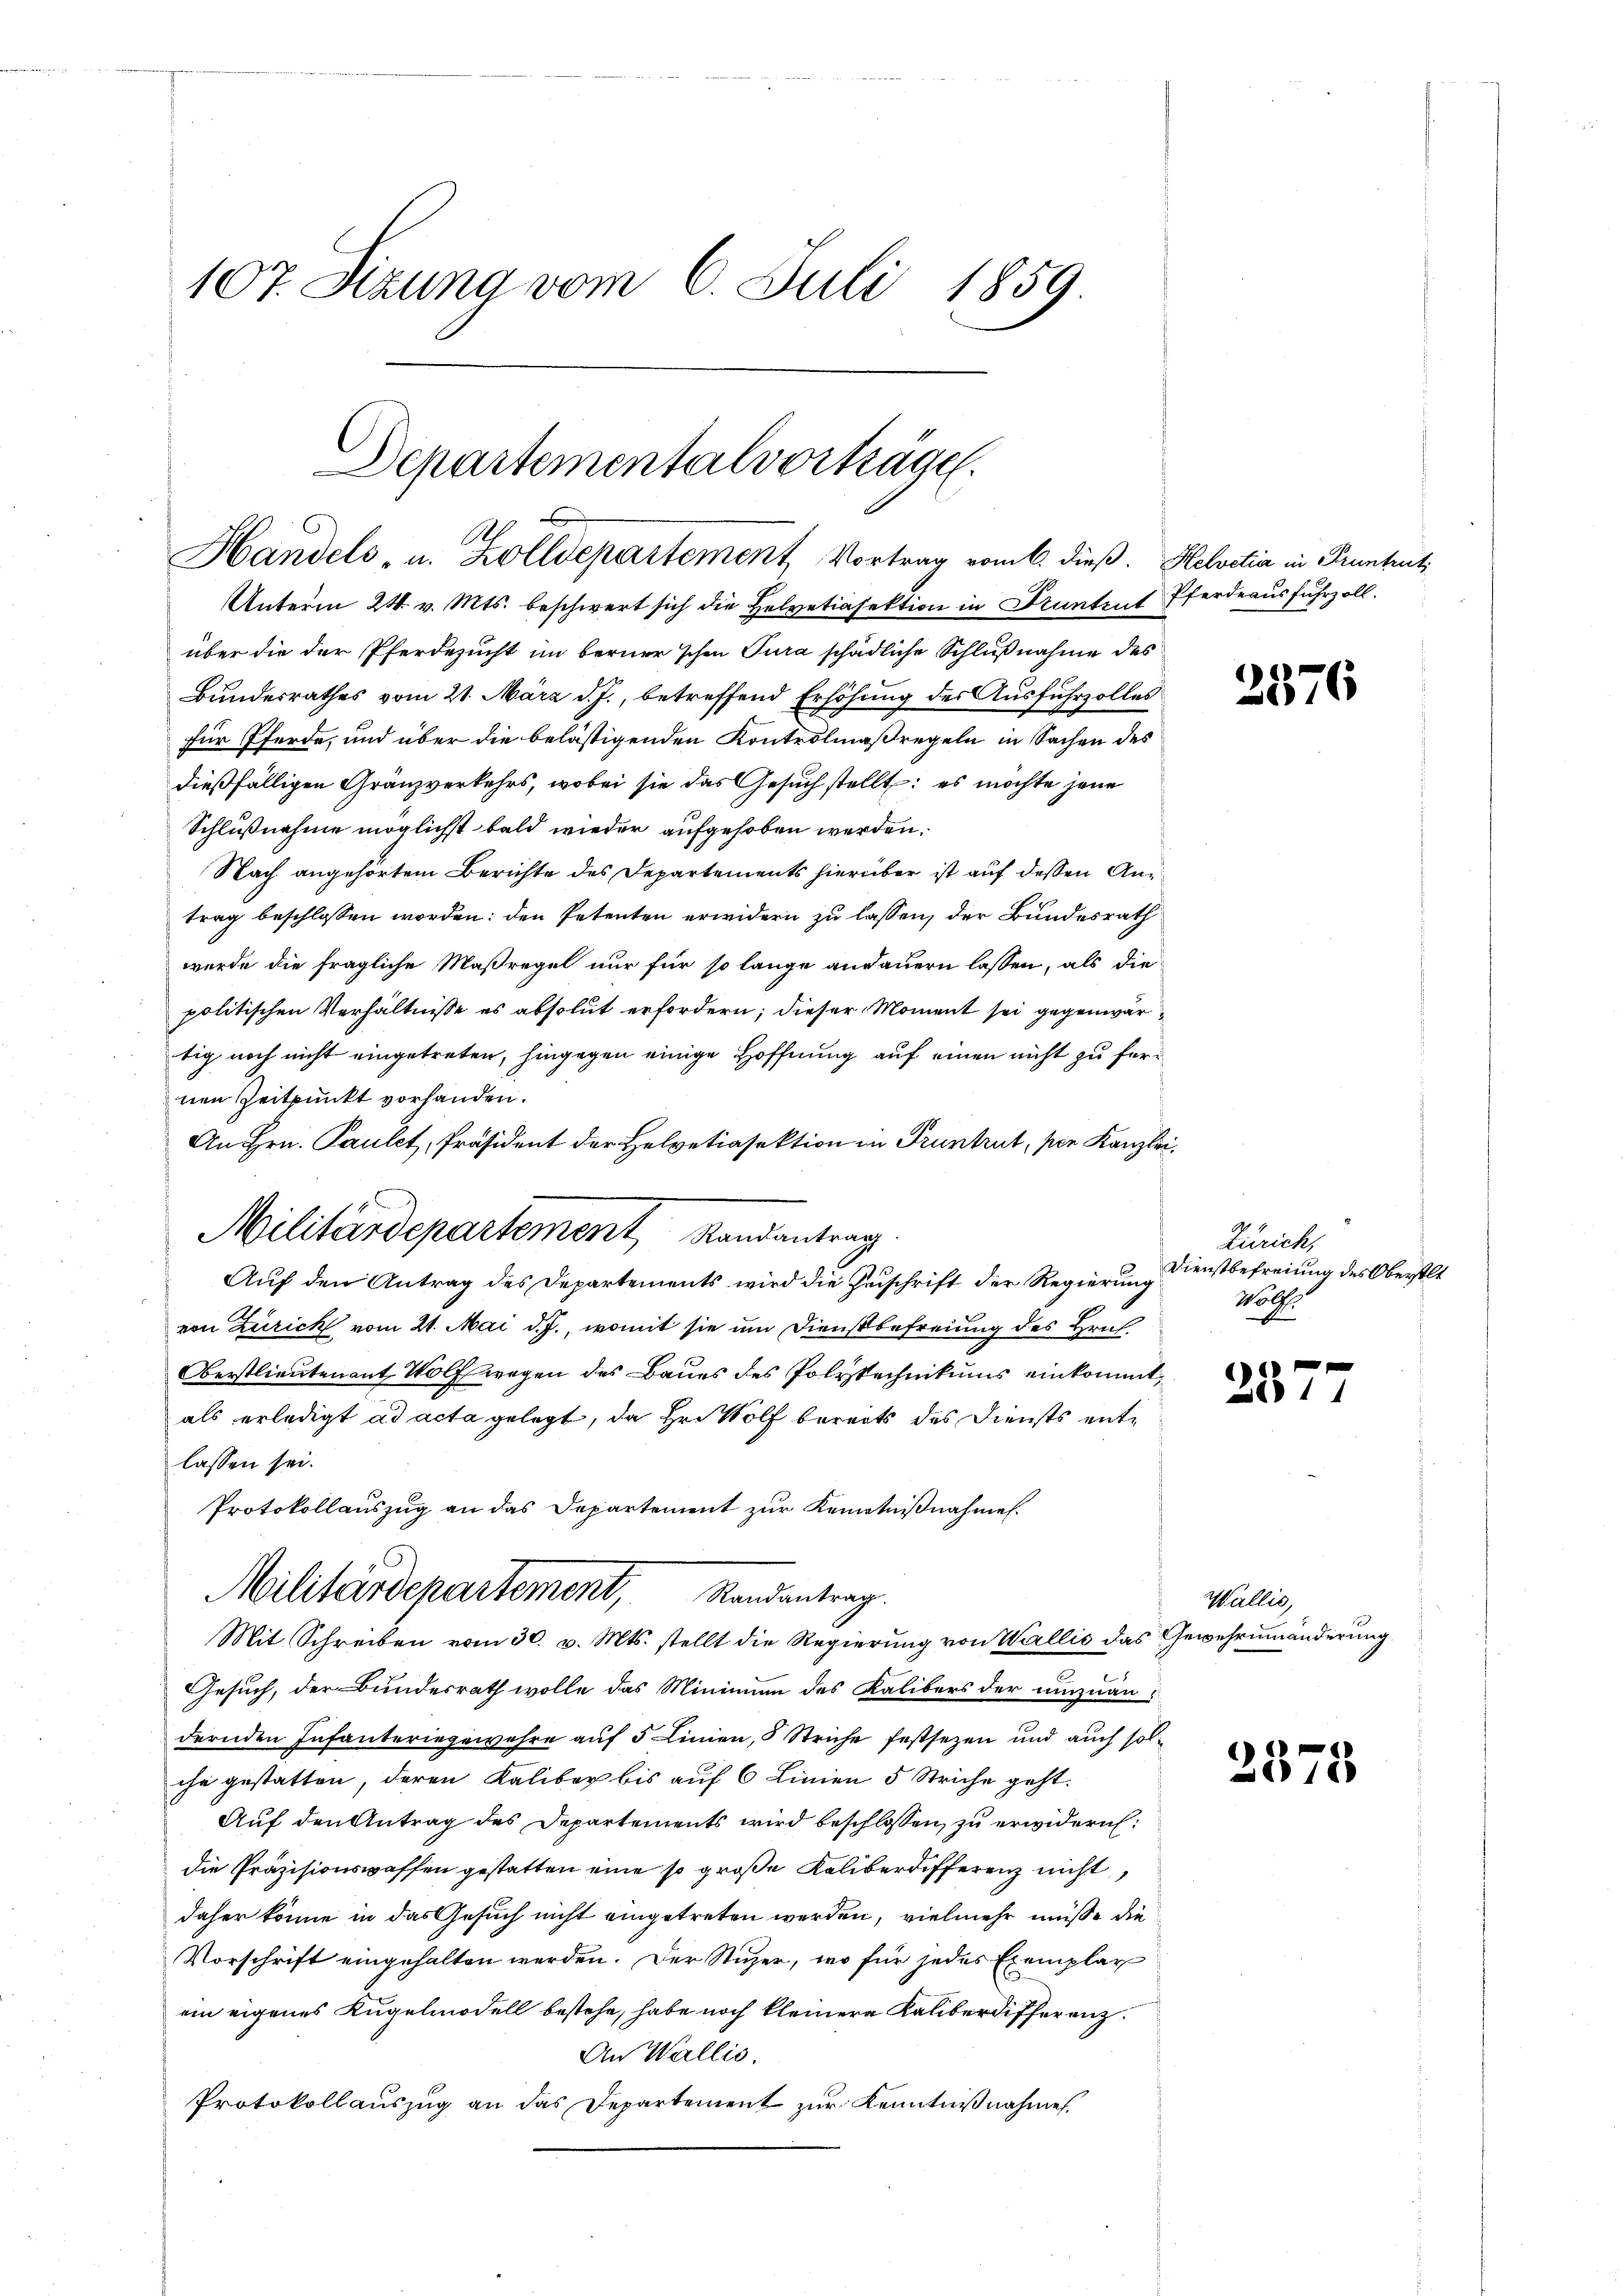
107. Sizung vom 6. Juli 1859

Unterm 24. v. Mts. beschwert sich die Helvetiasektion in Pruntrut Pferdeausfuhrzoll.
über die der Pferdezucht im berner schon Tura schädliche Schlußnahme des
Bundesrathes vom 21. März d. J., betreffend Erhöhung des Ausfuhrzolles
für Pferde, und über die belästigenden Kontrolmaßregeln in Sachen des
dießfälligen Gränzverkehrs, wobei sie das Gesuch stellt: es möchte jene
Schlußnahme möglichst bald wieder aufgehoben werden.
Nach angehörtem Berichte des Departements hierüber ist auf dessen Antrag beschlossen worden: den Petenten erwidern zu lassen, der Bundesrath
wurde die fragliche Maßregel nur für so lange andauern lassen, als die
politischen Verhältnisse es absolut erfordern; dieser Moment sei gegenwär
tig noch nicht eingetreten, hingegen einige Hoffnung auf einen nicht zu fernen Zeitpunkt vorhanden.
An Hrn. Paulet, Präsident der Helvetiasektion in Pruntrut, per Kanzlei
Militärdepartement Randantrag
Auf den Antrag des Departements wird die Zuschrift der Regierung
von Zürick vom 21. Mai d. J., womit sie um Dienstbefreiung des Hruh.
Oberstlieutenant Wolfwegen des Baues des Polytechnikums einkommt,
als erledigt ad acta gelegt, da Hr. Wolf bereits des Diensts entlassen sei.
Protokollauszug an das Departement zur Kenntnißnahmen.
Militärdepartement, Randantrag.
Mit Schreiben vom 30. v. Mts. stellt die Regierung von Wallis das Gewehrumänderung
Gesuch, der Bundesrath wolle das Minimum des Kalibers der umzuändernden Infanteringewahre auf 5 Linien, 5 Striche festsezen und auch solche gestatten, deren Kaliber bis auf 6 Linien 5 Striche geht.
Auf den Antrag des Departements wird beschlossen zu erwidern:
die Präzisionswaffen gestatten eine so große Kaliberdifferenz nicht
daher könne in das Gesuch nicht eingetreten werden, vielmehr müße die
Vorschrift eingehalten werden. Der Stuzer, wo für jedes Exemplar
ein eigenes Kugelmodell bestehe, habe noch kleinere Kaliberdifferenz¬
An Wallis.
Protokollauszug an das Departement zur Kenntnißnahme.

Departementalvorträge.
x
Handels u. Zolldepartement Vortrag vom 6. dieß. Helvetia in Pruntruti

2576

Zürich,
Dienstbefreiung des Oberstlt
Wolfs

Ad 11

Wallis,

2375